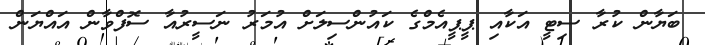
ބަޔާން ކުރާ ސިޓީ އަކާއި ޕީޕީއެމްގެ ކައުންސިލަށް އުމަރު ނަސީރުއާ ސޮފްވާން އައްޔަން